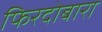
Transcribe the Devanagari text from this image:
फिरदोबारा